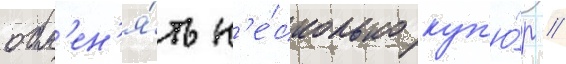
обм'ен'я́ть н'е́сколько куп'ю́р //